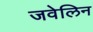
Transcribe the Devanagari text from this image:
जवेलिन